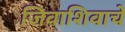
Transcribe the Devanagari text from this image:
जिवाशिवाचे